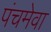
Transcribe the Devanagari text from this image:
पंचमेवा